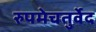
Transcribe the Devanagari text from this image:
रुपमेचतुर्वेद